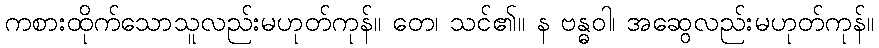
ကစားထိုက်သောသူလည်းမဟုတ်ကုန်။ တေ၊ သင်၏။ န ဗန္ဓဝါ၊ အဆွေလည်းမဟုတ်ကုန်။